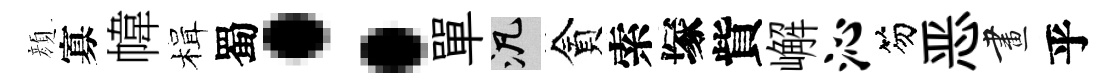
顔寡幃楫蜀：單泛貪索塚貲嶰沁笏恶畫乎